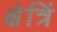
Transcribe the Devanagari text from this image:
क्षेत्रिं